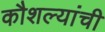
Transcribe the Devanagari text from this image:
कौशल्यांची